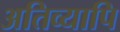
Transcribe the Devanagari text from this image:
अतिव्यापि